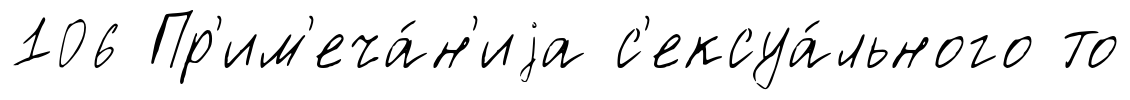
106 Пр'им'еча́н'иjа с'ексуа́льного то